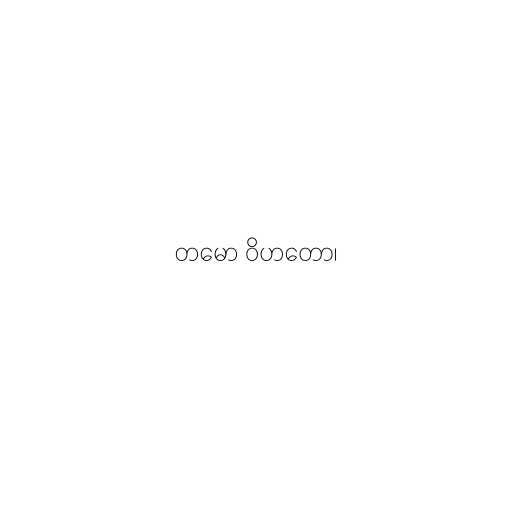
တမော ဝိဟတော၊